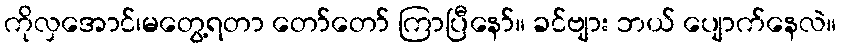
ကိုလှအောင်၊မတွေ့ရတာ တော်တော် ကြာပြီနော်။ ခင်ဗျား ဘယ် ပျောက်နေလဲ။